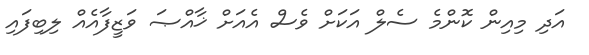
އަދި މިއިން ކޮންމެ ސެލް އަކަށް ވެސް އެއަށް ޚާއްޞަ ވަޒީފާއެއް ލިބިފައި